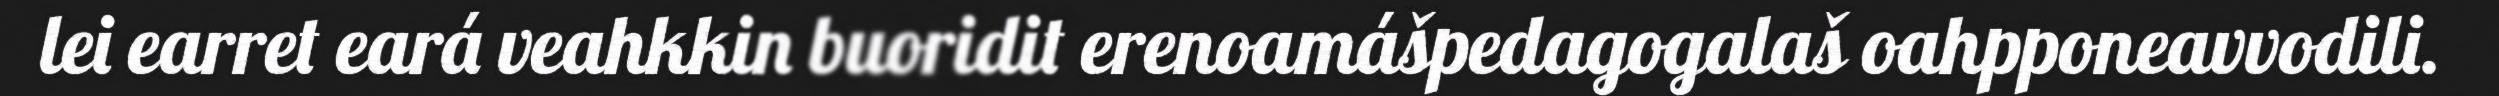
lei earret eará veahkkin buoridit erenoamášpedagogalaš oahpponeavvodili.